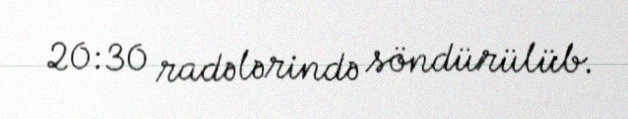
20:30 radələrində söndürülüb.